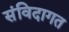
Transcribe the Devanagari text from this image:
संविदागत